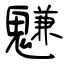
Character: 魐